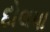
દોલપા